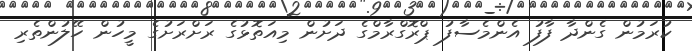
ކުރަމުން ގެންދާ ފާފު އެންމެސާފު ޕްރޮގްރާމްގެ ދަށުން މިއަތޮޅުގެ ރަށްރަށުގެ މީހުން ހޭލުންތެރި